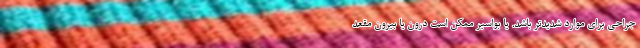
جراحی برای موارد شدیدتر باشد. یا بواسیر ممکن است درون یا بیرون مقعد